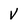
Character: V